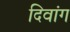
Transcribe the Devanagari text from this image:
दिवांग